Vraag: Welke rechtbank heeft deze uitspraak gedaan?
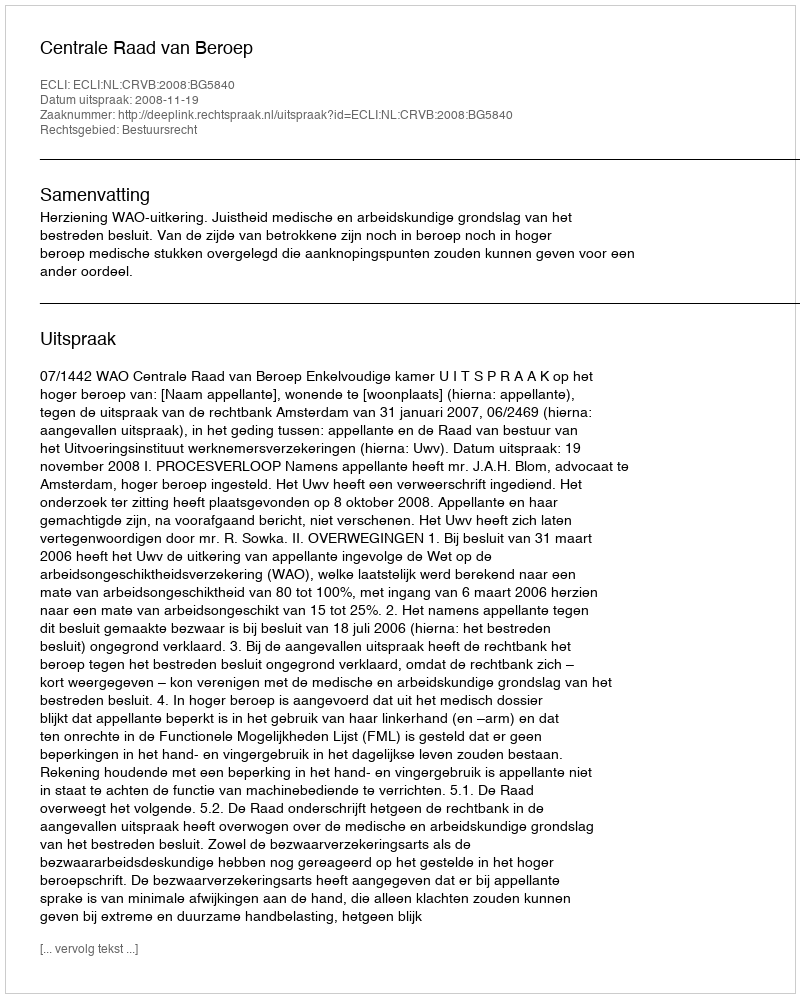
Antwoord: Centrale Raad van Beroep